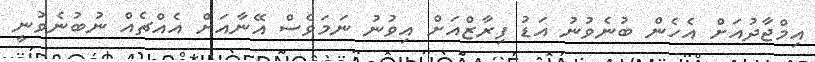
އިމްޖާދުއަށް އެހެން ބުނެވުނު އަޑު ފިރާޒްއަށް އިވުނު ނަމަވެސް އޭނާއަށް އެއްޗެއް ނުބުނެވުނީ